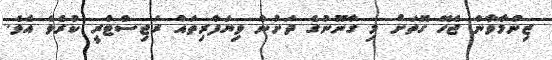
ޒިންމާވާން ޖެހޭ ގޮތަށް މި ގާނޫނުގެ ދަށުން ވިޔަފާރިތައް ރަޖިސްޓްރީ ކުރެވެ އެވެ.